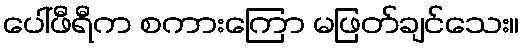
ပေါ်ဖီရီက စကားကြော မဖြတ်ချင်သေး။